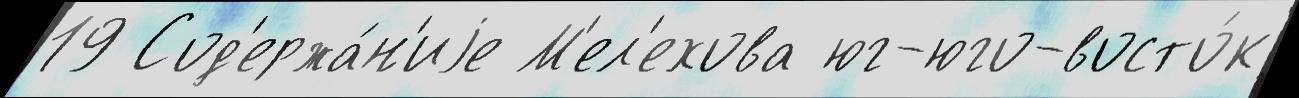
19 Сод'ержа́н'иjе М'ел'ехова юг-юго-восто́к